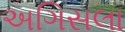
અગિસલા